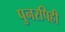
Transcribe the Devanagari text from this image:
पुनरपिही